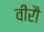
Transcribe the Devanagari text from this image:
वीरौ